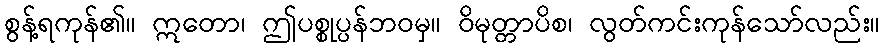
စွန့်ရကုန်၏။ ဣတော၊ ဤပစ္စုပ္ပန်ဘဝမှ။ ဝိမုတ္တာပိစ၊ လွတ်ကင်းကုန်သော်လည်း။